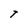
Character: t